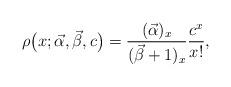
LaTeX: \begin{align*}\rho\big( x;\vec{\alpha},\vec{\beta},c\big)=\frac{( \vec{\alpha})_{x}}{(\vec{\beta}+1)_{x}}\frac{c^{x}}{x!}, \end{align*}